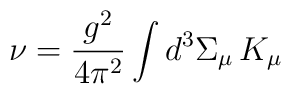
\nu = \frac{g^2}{4\pi^2}   \int d^3\Sigma_{\mu}\, K_{\mu}